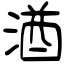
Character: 湭